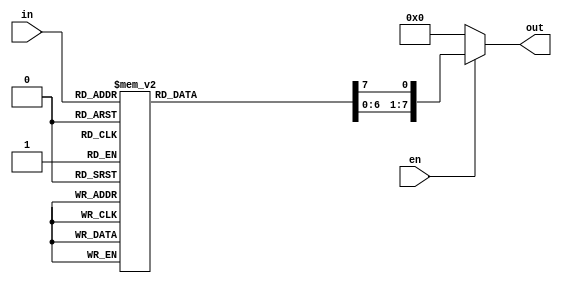
`timescale 1ns / 1ps
//////////////////////////////////////////////////////////////////////////////////
// Company: 
// Engineer: 
// 
// Design Name: 
// Module Name: Decoder3_8
// Project Name: 
// Target Devices: 
// Tool Versions: 
// Description: 
// 
// Dependencies: 
// 
// Revision:
// Revision 0.01 - File Created
// Additional Comments:
// 
//////////////////////////////////////////////////////////////////////////////////


module decoder3_to_8( in,out, en);
input [2:0]  in;
input en;
output [7:0] out;
  reg [7:0] out;

 always @( in or en)
	begin

      if (en) 
        begin
          out=8'd0;
          case (in)
              3'b000: out[0]=1'b1;
              3'b001: out[1]=1'b1;
              3'b010: out[2]=1'b1;
              3'b011: out[3]=1'b1;
              3'b100: out[4]=1'b1;
              3'b101: out[5]=1'b1;
              3'b110: out[6]=1'b1;
              3'b111: out[7]=1'b1;
              default: out=8'd0;
          endcase
      end
else 
out=8'd0;
end
endmodule